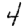
Digit: 4